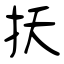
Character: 扷